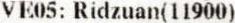
VE05: RIDZUAN(11900)